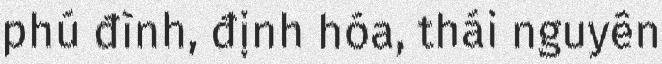
phú đình, định hóa, thái nguyên